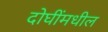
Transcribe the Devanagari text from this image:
दोघींमधील